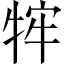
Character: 𭷡